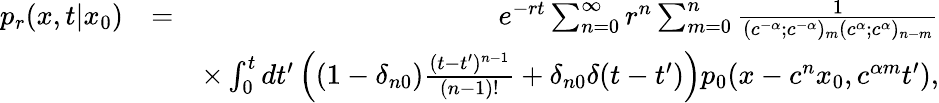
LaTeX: \begin{array}{rlr}{p_{r}(x,t|x_{0})}&{=}&{e^{-rt}\sum_{n=0}^{\infty}r^{n}\sum_{m=0}^{n}\frac{1}{(c^{-\alpha};c^{-\alpha})_{m}(c^{\alpha};c^{\alpha})_{n-m}}}\\ &{}&{\times\int_{0}^{t}dt^{\prime}\left((1-\delta_{n0})\frac{(t-t^{\prime})^{n-1}}{(n-1)!}+\delta_{n0}\delta(t-t^{\prime})\right)p_{0}(x-c^{n}x_{0},c^{\alpha m}t^{\prime}),}\end{array}